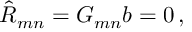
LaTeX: \hat { R } _ { m n } = { \cal G } _ { m n } b = 0 \, ,